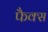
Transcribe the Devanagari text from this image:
फैक्‍स